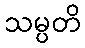
သမ္ပတိ